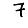
Digit: 7